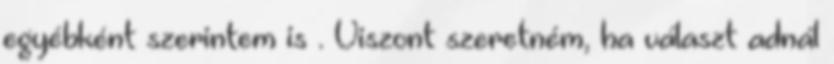
egyébként szerintem is . Viszont szeretném, ha választ adnál